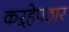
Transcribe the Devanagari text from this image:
कऱ्हेपठार